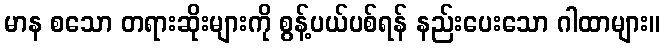
မာန စသော တရားဆိုးများကို စွန့်ပယ်ပစ်ရန် နည်းပေးသော ဂါထာများ။